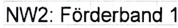
Text: NW2: Förderband 1